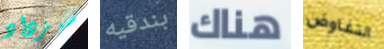
سيزداد بندقيه هناك التفاوض